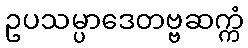
ဥပသမ္ပာဒေတဗ္ဗဆက္ကံ